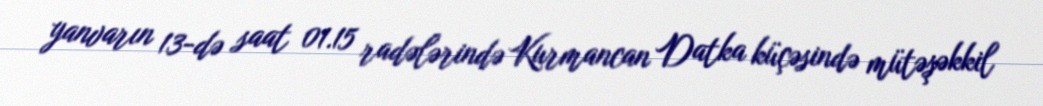
yanvarın 13-də saat 01.15 radələrində Kurmancan Datka küçəsində mütəşəkkil